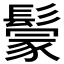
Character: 𩮡